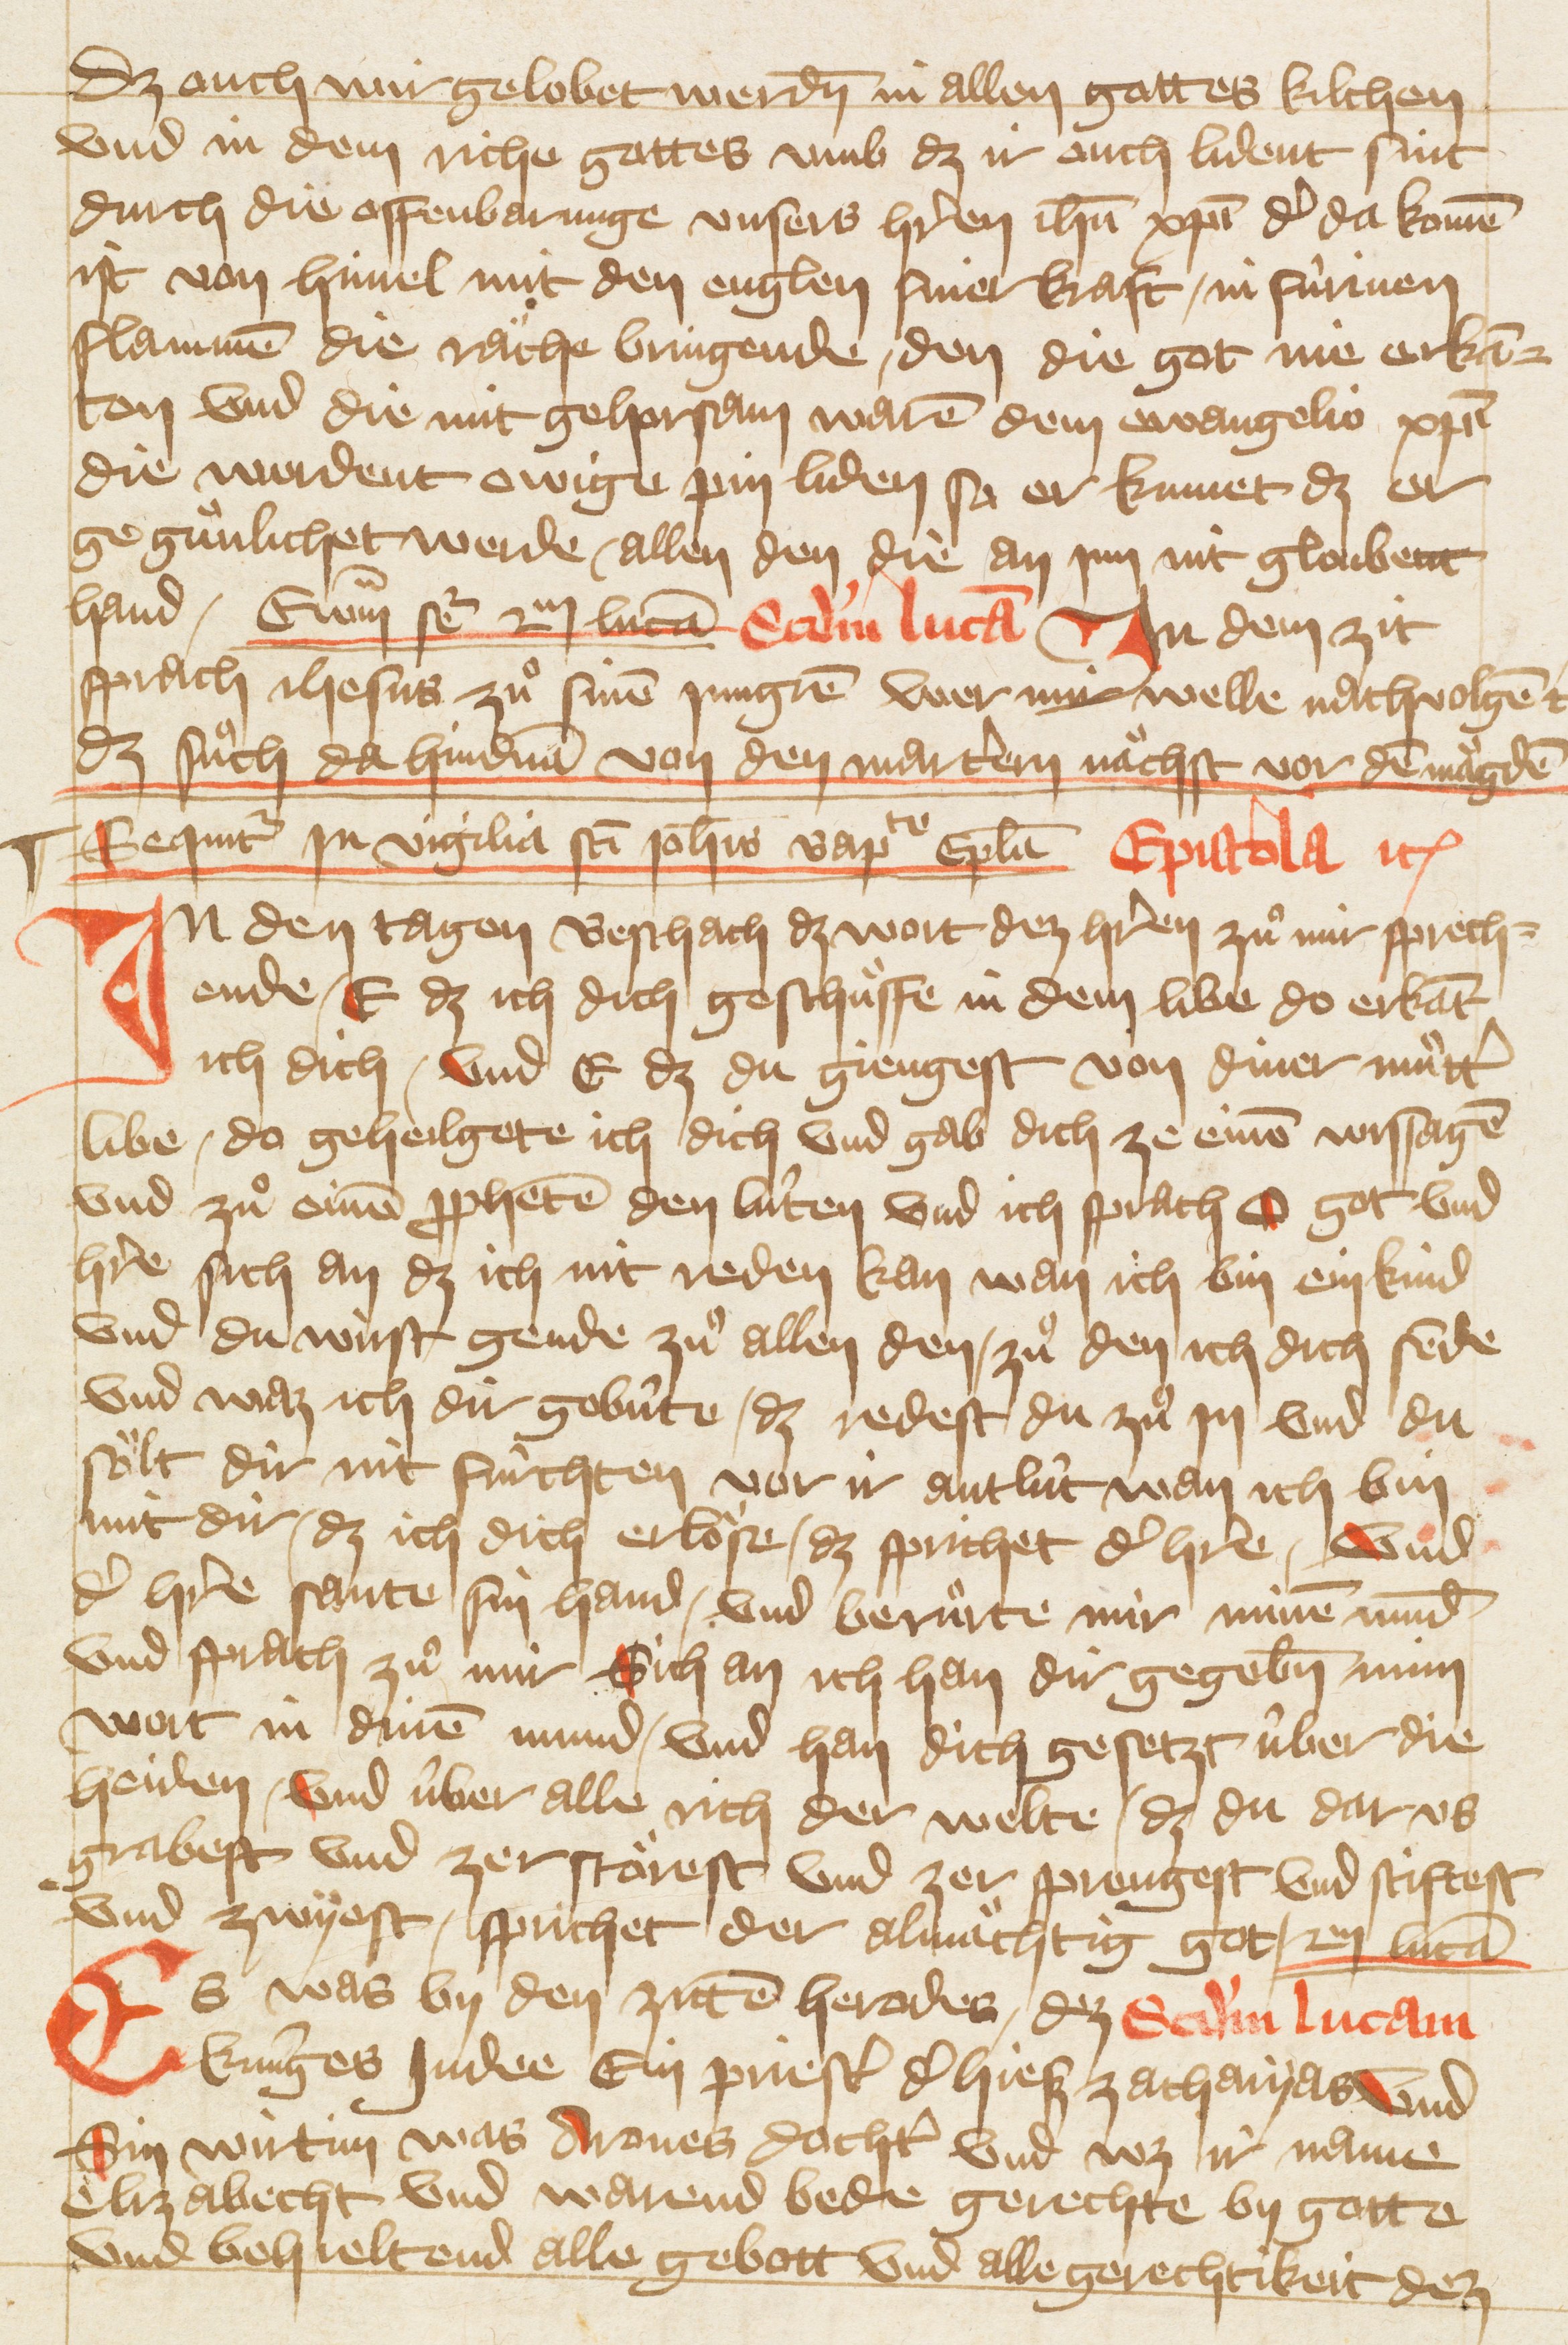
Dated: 1405–1435